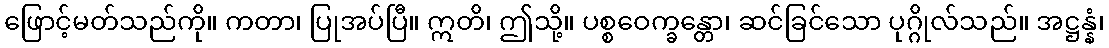
ဖြောင့်မတ်သည်ကို။ ကတာ၊ ပြုအပ်ပြီ။ ဣတိ၊ ဤသို့။ ပစ္စဝေက္ခန္တော၊ ဆင်ခြင်သော ပုဂ္ဂိုလ်သည်။ အဋ္ဌန္နံ၊